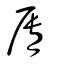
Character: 脣